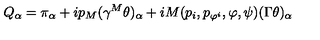
Q _ { \alpha } = \pi _ { \alpha } + i p _ { M } ( \gamma ^ { M } \theta ) _ { \alpha } + i M ( p _ { i } , p _ { \varphi ^ { i } } , \varphi , \psi ) ( \Gamma \theta ) _ { \alpha } \,